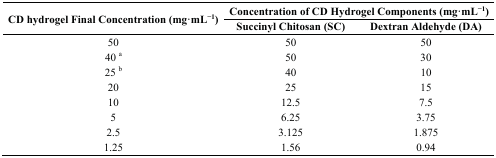
<table><thead><tr><td rowspan="2"><b>CD hydrogel Final Concentration (mg·mL<sup>−1</sup>)</b></td><td colspan="2"><b>Concentration of CD Hydrogel Components (mg·mL<sup>−1</sup>)</b></td></tr><tr><td><b>Succinyl Chitosan (SC)</b></td><td><b>Dextran Aldehyde (DA)</b></td></tr></thead><tbody><tr><td>50</td><td>50</td><td>50</td></tr><tr><td>40 <sup>a</sup></td><td>50</td><td>30</td></tr><tr><td>25 <sup>b</sup></td><td>40</td><td>10</td></tr><tr><td>20</td><td>25</td><td>15</td></tr><tr><td>10</td><td>12.5</td><td>7.5</td></tr><tr><td>5</td><td>6.25</td><td>3.75</td></tr><tr><td>2.5</td><td>3.125</td><td>1.875</td></tr><tr><td>1.25</td><td>1.56</td><td>0.94</td></tr></tbody></table>